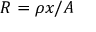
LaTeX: R = \rho x / A \,